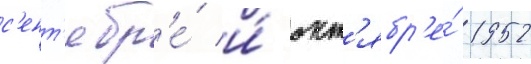
с'ент'ябр'е́ и́ окт'ябр'е́ 1952